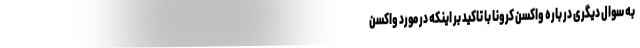
به سوال دیگری در باره واکسن کرونا با تاکید بر اینکه در مورد واکسن